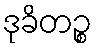
ဒုခိတဉ္စ